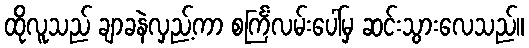
ထိုလူသည် ချာခနဲလှည့်ကာ စင်္ကြံလမ်းပေါ်မှ ဆင်းသွားလေသည်။